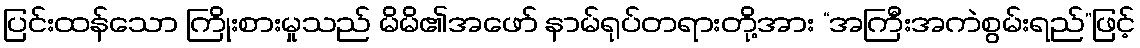
ပြင်းထန်သော ကြိုးစားမှုသည် မိမိ၏အဖော် နာမ်ရုပ်တရားတို့အား “အကြီးအကဲစွမ်းရည်”ဖြင့်